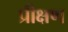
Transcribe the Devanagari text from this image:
प्रीक्षण